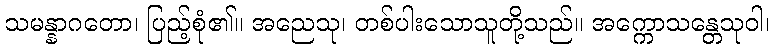
သမန္နာဂတော၊ ပြည့်စုံ၏။ အညေသု၊ တစ်ပါးသောသူတို့သည်။ အက္ကောသန္တေသုဝါ၊